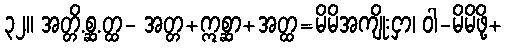
၃၂။ အတ္တိ.စ္ဆ.တ္ထ- အတ္တ+ဣစ္ဆာ+အတ္ထ=မိမိအကျိုးငှာ၊ ဝါ-မိမိဖို့+